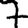
Digit: 7